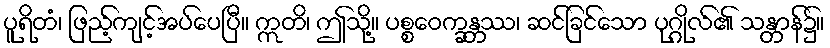
ပူရိတံ၊ ဖြည့်ကျင့်အပ်ပေပြီ။ ဣတိ၊ ဤသို့။ ပစ္စဝေက္ခန္တဿ၊ ဆင်ခြင်သော ပုဂ္ဂိုလ်၏ သန္တာန်၌။